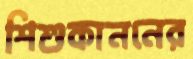
শিশুকাননের